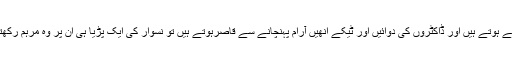
بڑے بڑے نسوارخور جب وہ درد سے کراہ رہے ہوتے ہیں اور ڈاکٹروں کی دوائیں اور ٹیکے انھیں آرام پہنچانے سے قاصرہوتے ہیں تو نسوار کی ایک پڑیا ہی ان پر وہ مرہم رکھتی کہ جیسے ذخم پر محبوب اپنا ہاتھ پھیر دے۔